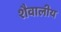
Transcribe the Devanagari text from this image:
शैवालीय